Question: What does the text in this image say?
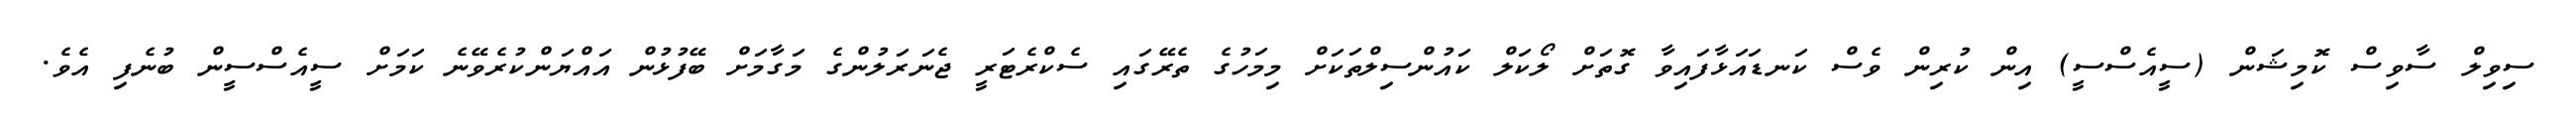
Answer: ސިވިލް ސާވިސް ކޮމިޝަން (ސީއެސްސީ) އިން ކުރިން ވެސް ކަނޑައަޅާފައިވާ ގޮތަށް ލޯކަލް ކައުންސިލްތަކަށް މިމަހުގެ ތެރޭގައި ސެކްރެޓަރީ ޖެނަރަލުންގެ މަގާމަށް ބޭފުޅުން އައްޔަންކުރެވޭނެ ކަމަށް ސީއެސްސީން ބުނެފި އެވެ.